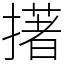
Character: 擆